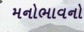
મનોભાવનો